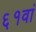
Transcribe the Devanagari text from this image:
६१वां